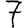
Digit: 7